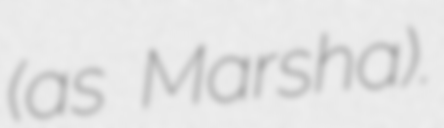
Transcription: (as Marsha).